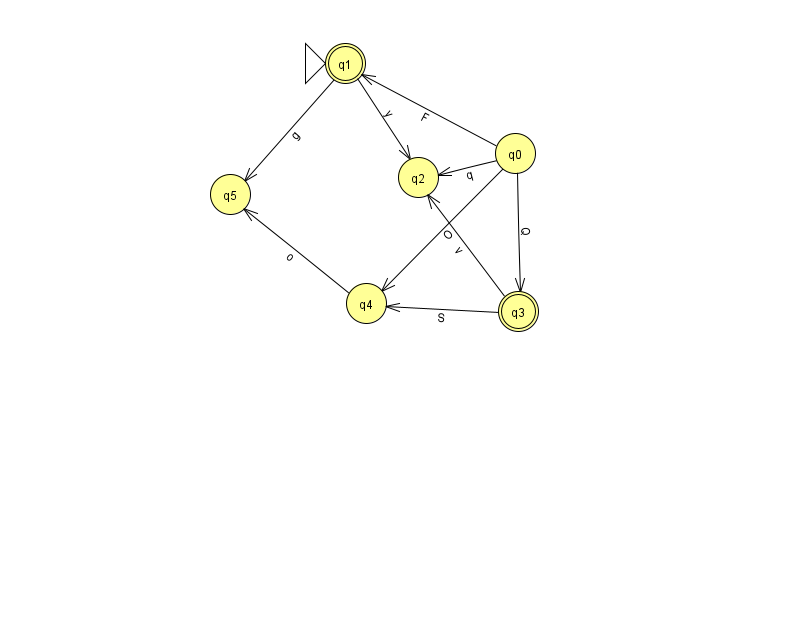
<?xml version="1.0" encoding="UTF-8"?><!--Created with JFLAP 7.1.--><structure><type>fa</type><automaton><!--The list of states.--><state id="0" name="q0"><x>515.0</x><y>140.0</y></state><state id="1" name="q1"><x>345.0</x><y>50.0</y><initial/><final/></state><state id="2" name="q2"><x>418.0</x><y>164.0</y></state><state id="3" name="q3"><x>518.0</x><y>298.0</y><final/></state><state id="4" name="q4"><x>366.0</x><y>290.0</y></state><state id="5" name="q5"><x>230.0</x><y>181.0</y></state><!--The list of transitions.--><transition><from>0</from><to>4</to><read>O</read></transition><transition><from>4</from><to>5</to><read>o</read></transition><transition><from>1</from><to>5</to><read>g</read></transition><transition><from>0</from><to>1</to><read>F</read></transition><transition><from>0</from><to>2</to><read>q</read></transition><transition><from>3</from><to>4</to><read>S</read></transition><transition><from>1</from><to>2</to><read>y</read></transition><transition><from>3</from><to>2</to><read>v</read></transition><transition><from>0</from><to>3</to><read>Q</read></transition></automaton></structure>